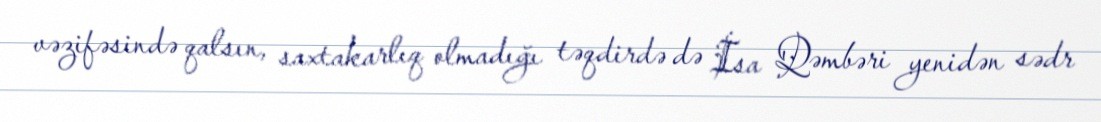
vəzifəsində qalsın, saxtakarlıq olmadığı təqdirdə də İsa Qəmbəri yenidən sədr